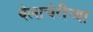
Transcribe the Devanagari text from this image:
वेलाचेरीच्या